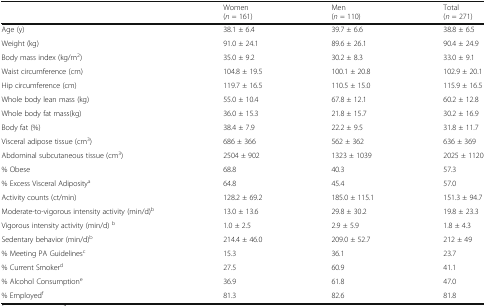
|  | Women(n = 161) | Men(n = 110) | Total(n = 271) |
 | --- | --- | --- | --- |
 | Age (y) | 38.1 ± 6.4 | 39.7 ± 6.6 | 38.8 ± 6.5 |
 | Weight (kg) | 91.0 ± 24.1 | 89.6 ± 26.1 | 90.4 ± 24.9 |
 | Body mass index (kg/m2) | 35.0 ± 9.2 | 30.2 ± 8.3 | 33.0 ± 9.1 |
 | Waist circumference (cm) | 104.8 ± 19.5 | 100.1 ± 20.8 | 102.9 ± 20.1 |
 | Hip circumference (cm) | 119.7 ± 16.5 | 110.5 ± 15.0 | 115.9 ± 16.5 |
 | Whole body lean mass (kg) | 55.0 ± 10.4 | 67.8 ± 12.1 | 60.2 ± 12.8 |
 | Whole body fat mass(kg) | 36.0 ± 15.3 | 21.8 ± 15.7 | 30.2 ± 16.9 |
 | Body fat (%) | 38.4 ± 7.9 | 22.2 ± 9.5 | 31.8 ± 11.7 |
 | Visceral adipose tissue (cm3) | 686 ± 366 | 562 ± 362 | 636 ± 369 |
 | Abdominal subcutaneous tissue (cm3) | 2504 ± 902 | 1323 ± 1039 | 2025 ± 1120 |
 | % Obese | 68.8 | 40.3 | 57.3 |
 | % Excess Visceral Adipositya | 64.8 | 45.4 | 57.0 |
 | Activity counts (ct/min) | 128.2 ± 69.2 | 185.0 ± 115.1 | 151.3 ± 94.7 |
 | Moderate-to-vigorous intensity activity (min/d)b | 13.0 ± 13.6 | 29.8 ± 30.2 | 19.8 ± 23.3 |
 | Vigorous intensity activity (min/d) b | 1.0 ± 2.5 | 2.9 ± 5.9 | 1.8 ± 4.3 |
 | Sedentary behavior (min/d)b | 214.4 ± 46.0 | 209.0 ± 52.7 | 212 ± 49 |
 | % Meeting PA Guidelinesc | 15.3 | 36.1 | 23.7 |
 | % Current Smokerd | 27.5 | 60.9 | 41.1 |
 | % Alcohol Consumptione | 36.9 | 61.8 | 47.0 |
 | % Employedf | 81.3 | 82.6 | 81.8 |